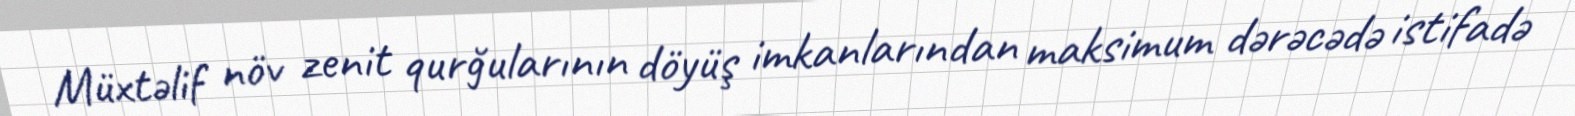
Müxtəlif növ zenit qurğularının döyüş imkanlarından maksimum dərəcədə istifadə